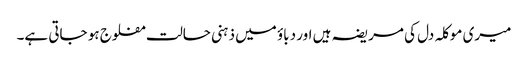
میری موکلہ دل کی مریضہ ہیں اور دباؤ میں ذہنی حالت مفلوج ہو جاتی ہے۔